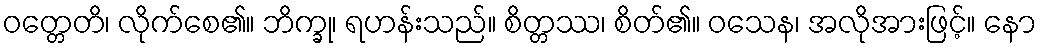
ဝတ္တေတိ၊ လိုက်စေ၏။ ဘိက္ခု၊ ရဟန်းသည်။ စိတ္တဿ၊ စိတ်၏။ ဝသေန၊ အလိုအားဖြင့်။ နော